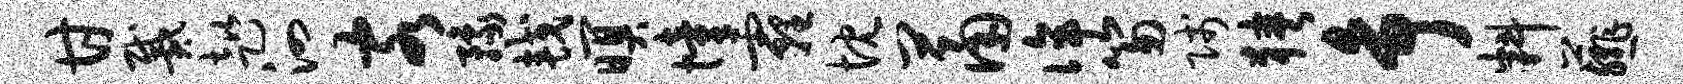
甘戴趑泗客豫较暝憧霾忱萧侔笏贱狭争料薤